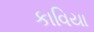
કાવિયા